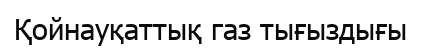
Қойнауқаттық газ тығыздығы